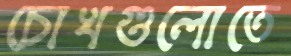
চোখগুলোতে